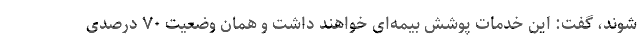
‌شوند، گفت: این خدمات پوشش بیمه‌ای خواهند داشت و همان وضعیت ۷۰ درصدی